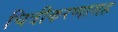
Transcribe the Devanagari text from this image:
चित्रीकरणासह